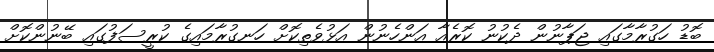
ބޮޑު ހަގުރާމާގައި ޖަޕާނުން ދެކުނު ކޮރެއާ އަންހެނުން އަޅުވެތިކޮށް ހަނގުރާމައިގެ ކުރީސަފުގައި ބޭނުންކޮށް